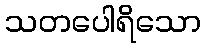
သတပေါရိသော